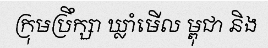
ក្រុមប្រឹក្សា ឃ្លាំមើល ម្ពុជា និង